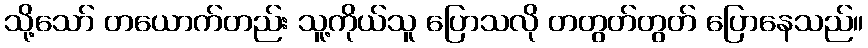
သို့သော် တယောက်တည်း သူ့ကိုယ်သူ ပြောသလို တတွတ်တွတ် ပြောနေသည်။